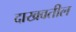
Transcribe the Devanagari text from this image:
दाखवतील